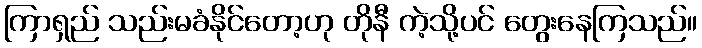
ကြာရှည် သည်းမခံနိုင်တော့ဟု တိုနီ ကဲ့သို့ပင် တွေးနေကြသည်။